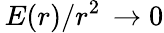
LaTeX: \, E(r)/r^{2}\, \to 0